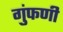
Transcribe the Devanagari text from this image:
गुंफणी